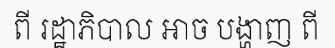
ពី រដ្ឋាភិបាល អាច បង្ហាញ ពី